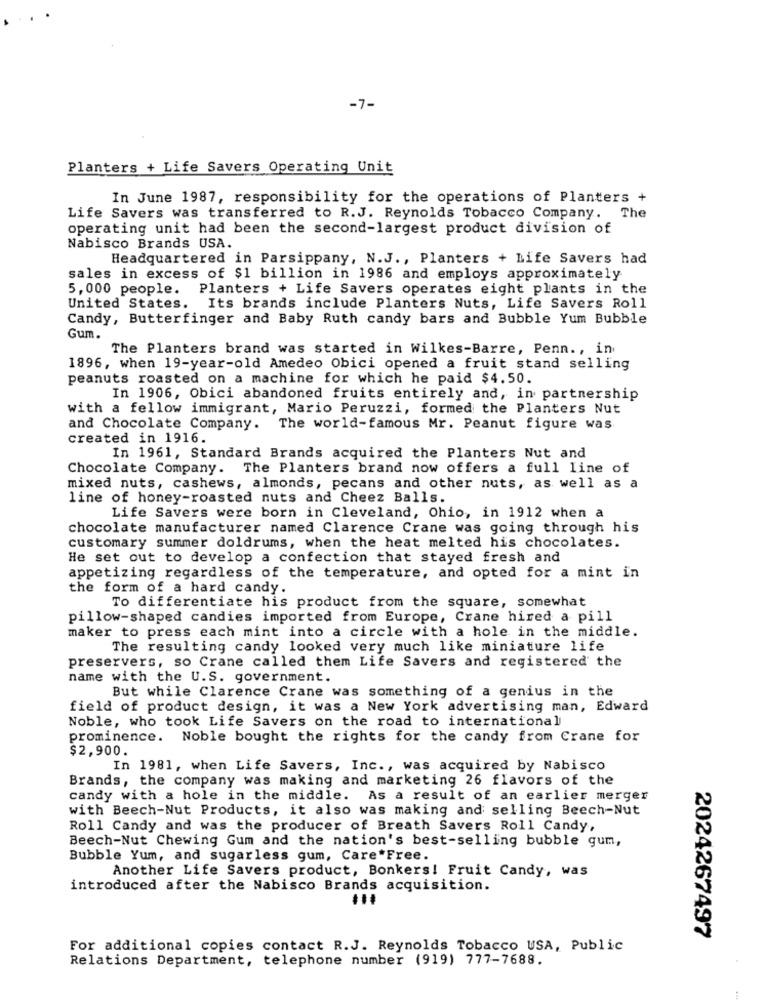
-7-
Planters + Life Savers Operating Unit
In June 1987, responsibility for the operations of Planters +
Life Savers was transferred to R.J. Reynolds Tobacco Company. The
operating unit had been the second-largest product division of
Nabisco Brands USA.
Headquartered in Parsippany, N.J ., Planters + Life Savers had
sales in excess of $1 billion in 1986 and employs approximately
5,000 people.
Planters + Life Savers operates eight plants in the
United States.
Its brands include Planters Nuts, Life Savers Roll
Candy, Butterfinger and Baby Ruth candy bars and Bubble Yum Bubble
Gum.
The Planters brand was started in Wilkes-Barre, Penn ., in
1896, when 19-year-old Amedeo Obici opened a fruit stand selling
peanuts roasted on a machine for which he paid $4.50.
In 1906, Obici abandoned fruits entirely and, in partnership
with a fellow immigrant, Mario Peruzzi, formed the Planters Nut
and Chocolate Company. The world-famous Mr. Peanut figure was
created in 1916.
In 1961, Standard Brands acquired the Planters Nut and
Chocolate Company. The Planters brand now offers a full line of
mixed nuts, cashews, almonds, pecans and other nuts, as well as a
line of honey-roasted nuts and Cheez Balls.
Life Savers were born in Cleveland, Ohio, in 1912 when a
chocolate manufacturer named Clarence Crane was going through his
customary summer doldrums, when the heat melted his chocolates.
He set out to develop a confection that stayed fresh and
appetizing regardless of the temperature, and opted for a mint in
the form of a hard candy.
To differentiate his product from the square, somewhat
pillow-shaped candies imported from Europe, Crane hired a pill
maker to press each mint into a circle with a hole in the middle.
The resulting candy looked very much like miniature life
preservers, so Crane called them Life Savers and registered the
name with the U.S. government.
But while Clarence Crane was something of a genius in the
field of product design, it was a New York advertising man, Edward
Noble, who took Life Savers on the road to international
prominence. Noble bought the rights for the candy from Crane for
$2,900.
In 1981, when Life Savers, Inc ., was acquired by Nabisco
Brands, the company was making and marketing 26 flavors of the
candy with a hole in the middle. As a result of an earlier merger
with Beech-Nut Products, it also was making and selling Beech-Nut
Roll Candy and was the producer of Breath Savers Roll Candy,
Beech-Nut Chewing Gum and the nation's best-selling bubble gum,
Bubble Yum, and sugarless gum, Care Free.
Another Life Savers product, Bonkers! Fruit Candy, was
introduced after the Nabisco Brands acquisition.
2024267497
For additional copies contact R.J. Reynolds Tobacco USA, Public
Relations Department, telephone number (919) 777-7688.